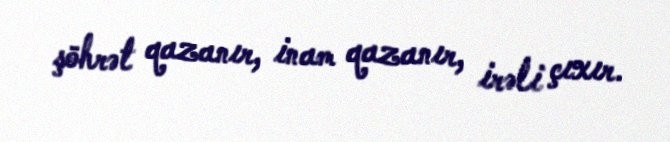
şöhrət qazanır, inam qazanır, irəli çıxır.